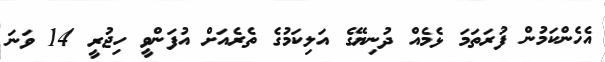
އެހެންކަމުން ފުރަތަމަ ޅެމެއް ދުނިޔޭގެ އަލިކަމުގެ ތެރެއަށް އުފަންވީ ހިޖުރީ 14 ވަނަ